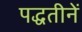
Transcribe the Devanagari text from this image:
पद्धतीनें